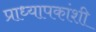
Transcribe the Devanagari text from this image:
प्राध्यापकांशी